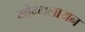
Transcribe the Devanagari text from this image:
मोग्गलायन